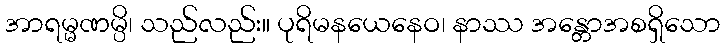
အာရမ္မဏမ္ပိ၊ သည်လည်း။ ပုရိမနယေနေဝ၊ နာဿ အန္တောအစရှိသော